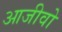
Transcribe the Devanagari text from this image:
आजीवो